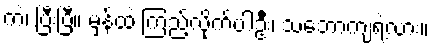
ကဲ၊ ပြီးပြီ။ မှန်ထဲ ကြည့်လိုက်ပါဦး၊ သဘောကျရဲ့လား။